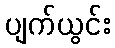
ပျက်ယွင်း